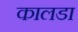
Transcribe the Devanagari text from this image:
कालडा